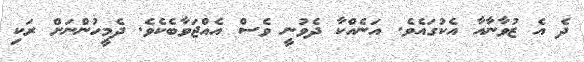
ދެ އެ ޒުވާނާއާ އެކުގައެވެ. އަނެއްކާ ދެވުނީ ވެސް އެއްޖަވާބެކެވެ. ދެމީހުންނަށް ރަކި